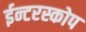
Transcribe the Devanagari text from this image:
ईन्टरस्कोप